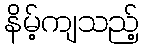
နိမ့်ကျသည့်